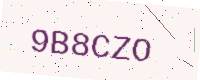
Text: 9B8CZO